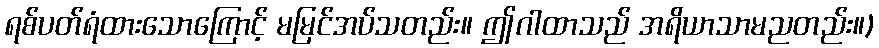
ရစ်ပတ်ရံထားသောကြောင့် မမြင်အပ်သတည်း။ ဤဂါထာသည် အရိယာသာမညတည်း။)